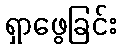
ရှာဖွေခြင်း